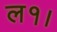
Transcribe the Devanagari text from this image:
ल१।